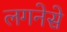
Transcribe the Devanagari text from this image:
लगनेसे